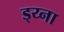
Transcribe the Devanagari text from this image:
ड्य्ना